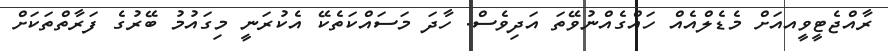
ރާއްޖެޓީވީއއަށް މެޑެލްއެއް ހައްގެއްނުވޭތަ އަދިވެސް. ހާދަ މަސައްކަތެކޭ އެކުރަނީ މިގައުމު ބޭރުގެ ފަރާތްތަކަށް